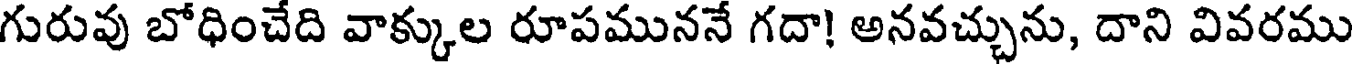
గురువు బోధించేది వాక్కుల రూపముననే గదా! అనవచ్చును, దాని వివరము